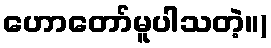
ဟောတော်မူပါသတဲ့။)